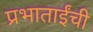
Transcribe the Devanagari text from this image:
प्रभाताईंची